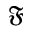
\mathfrak { F }